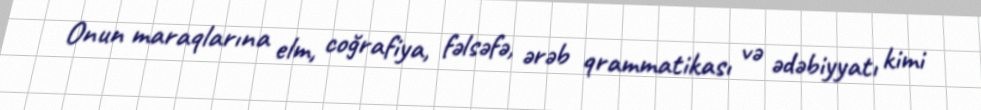
Onun maraqlarına elm, coğrafiya, fəlsəfə, ərəb qrammatikası və ədəbiyyatı kimi